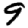
Digit: 9